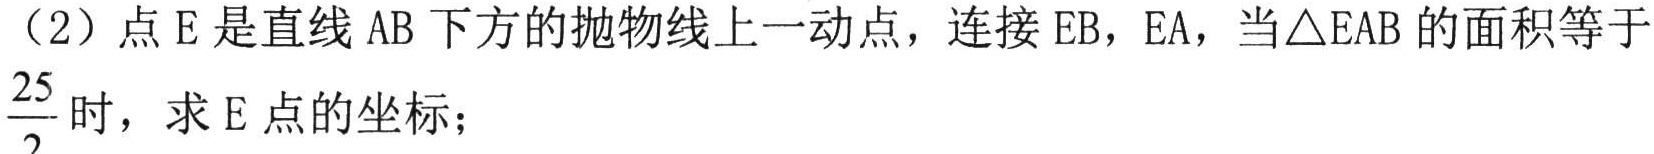
（2）点\(E\)是直线\(AB\)下方的抛物线上一动点，连接\(EB\)，\(EA\)，当\(\triangle EAB\)的面积等于\(\frac{25}{2}\)时，求\(E\)点的坐标；